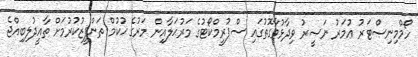
ހޯމްމިނިސްޓަރު ޢުމަރު ނަޞީރު ވިދާޅުވާގޮތުގައި ސްޕުރީމްކޯޓުގެ މަރުޙަލާއިން މަރުގެ ޙުކުމް ތަންފީޒުކުރުމަށް ތާއީދުލިބިއްޖެ